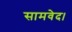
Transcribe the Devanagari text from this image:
सामवेद।